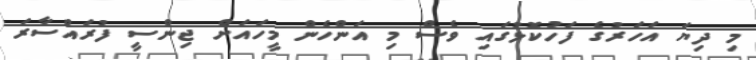
މި ދިޔަ އަހަރުގެ ފަހުކޮޅުގައި ވެސް މި އަންހެން މީހައަށް ޖިންސީ ފުރައްސާރަ